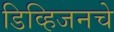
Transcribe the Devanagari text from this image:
डिव्हिजनचे